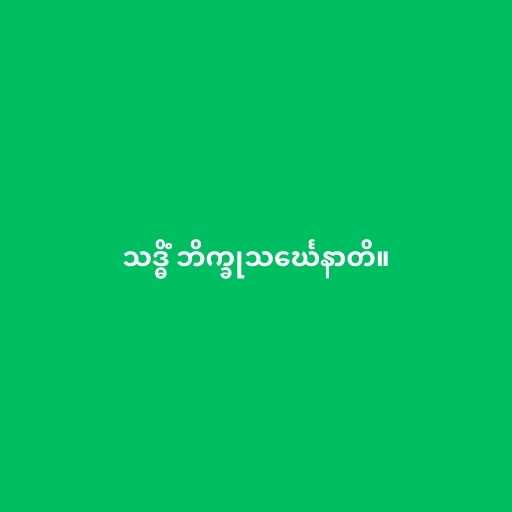
သဒ္ဓိံ ဘိက္ခုသင်္ဃေနာတိ။